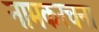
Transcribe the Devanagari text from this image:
नामकरचना